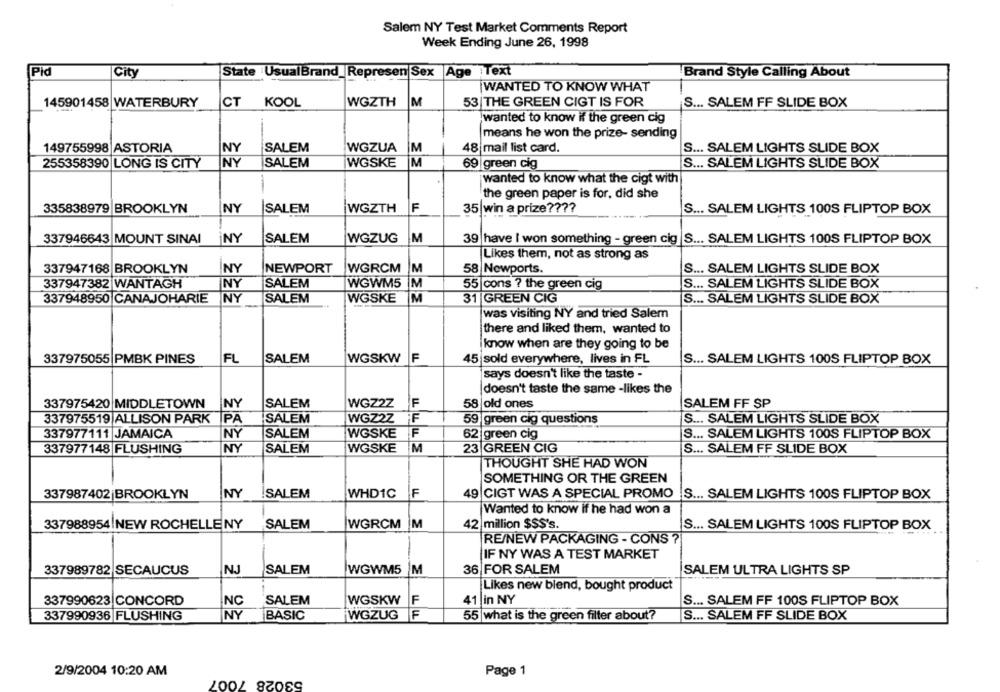
Salem NY Test Market Comments Report
Week Ending June 26, 1998
Pid
City
State UsualBrand_ Represen Sex Age Text
Brand Style Calling About
|WANTED TO KNOW WHAT
145901458 WATERBURY
CT KOOL
WGZTH
M
53|THE GREEN CIGT IS FOR
S ... SALEM FF SLIDE BOX
wanted to know if the green cig
means he won the prize- sending
149755998 ASTORIA
NY
SALEM
WGZUA
M
48 mail list card.
S ... SALEM LIGHTS SLIDE BOX
255358390 LONG IS CITY
NY
SALEM
WGSKE
M
69|green cig
S ... SALEM LIGHTS SLIDE BOX
wanted to know what the cigt with
the green paper is for, did she
NY
WGZTH
F
335838979 BROOKLYN
SALEM
35|win a prize ????
S ... SALEM LIGHTS 100S FLIPTOP BOX
337946643 MOUNT SINAI
INY
SALEM
WGZUG M
39 have I won something - green cig |S ... SALEM LIGHTS 100S FLIPTOP BOX
Likes them, not as strong as
337947168 BROOKLYN
NY
NEWPORT
WGRCM
M
S ... SALEM LIGHTS SLIDE BOX
58 Newports.
337947382 WANTAGH
NY
SALEM
WGWM5
IM
55 cons ? the green cig
S ... SALEM LIGHTS SLIDE BOX
337948950 CANAJOHARIE
NY
SALEM
WGSKE
M
31 GREEN CIG
S ... SALEM LIGHTS SLIDE BOX
was visiting NY and tried Salem
there and liked them, wanted to
know when are they going to be
337975055 PMBK PINES
FL
SALEM
WGSKW F
45 sold everywhere, lives in FL
S ... SALEM LIGHTS 100S FLIPTOP BOX
says doesn't like the taste -
doesn't taste the same -likes the
337975420 MIDDLETOWN
NY
SALEM
WGZ2Z
F
58 old ones
SALEM FF SP
337975519 ALLISON PARK
PA
SALEM
WGZ2Z
59 green cig questions
S ... SALEM LIGHTS SLIDE BOX
337977111 JAMAICA
NY
SALEM
WGSKE
F
62| green cig
S ... SALEM LIGHTS 100S FLIPTOP BOX
337977148 FLUSHING
NY
SALEM
WGSKE
M
23 GREEN CIG
S ... SALEM FF SLIDE BOX
THOUGHT SHE HAD WON
SOMETHING OR THE GREEN
337987402 |BROOKLYN
NY
SALEM
WHD1C
F
49 CIGT WAS A SPECIAL PROMO
S ... SALEM LIGHTS 100S FLIPTOP BOX
Wanted to know if he had won a
337988954|NEW ROCHELLE NY
SALEM
WGRCM M
42 million $$$'s.
S ... SALEM LIGHTS 100S FLIPTOP BOX
RE/NEW PACKAGING - CONS ?
IF NY WAS A TEST MARKET
337989782 SECAUCUS
SALEM
WGWM5 M
36 FOR SALEM
SALEM ULTRA LIGHTS SP
Likes new blend, bought product
337990623 CONCORD
NC
SALEM
WGSKW
F
41 in NY
S ... SALEM FF 100S FLIPTOP BOX
NY
F
55 what is the green filter about?
S ... SALEM FF SLIDE BOX
337990936 FLUSHING
BASIC
WGZUG
Page 1
2/9/2004 10:20 AM
53028 7007